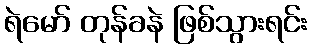
ရဲမော် တုန်ခနဲ ဖြစ်သွားရင်း